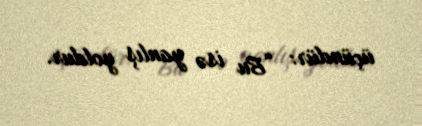
üçündür: “Bu isə yanlış yoldur.